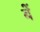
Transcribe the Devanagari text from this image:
बें